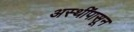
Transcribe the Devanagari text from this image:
अस्थींपासून